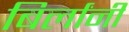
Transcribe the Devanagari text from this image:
बिर्लांनी